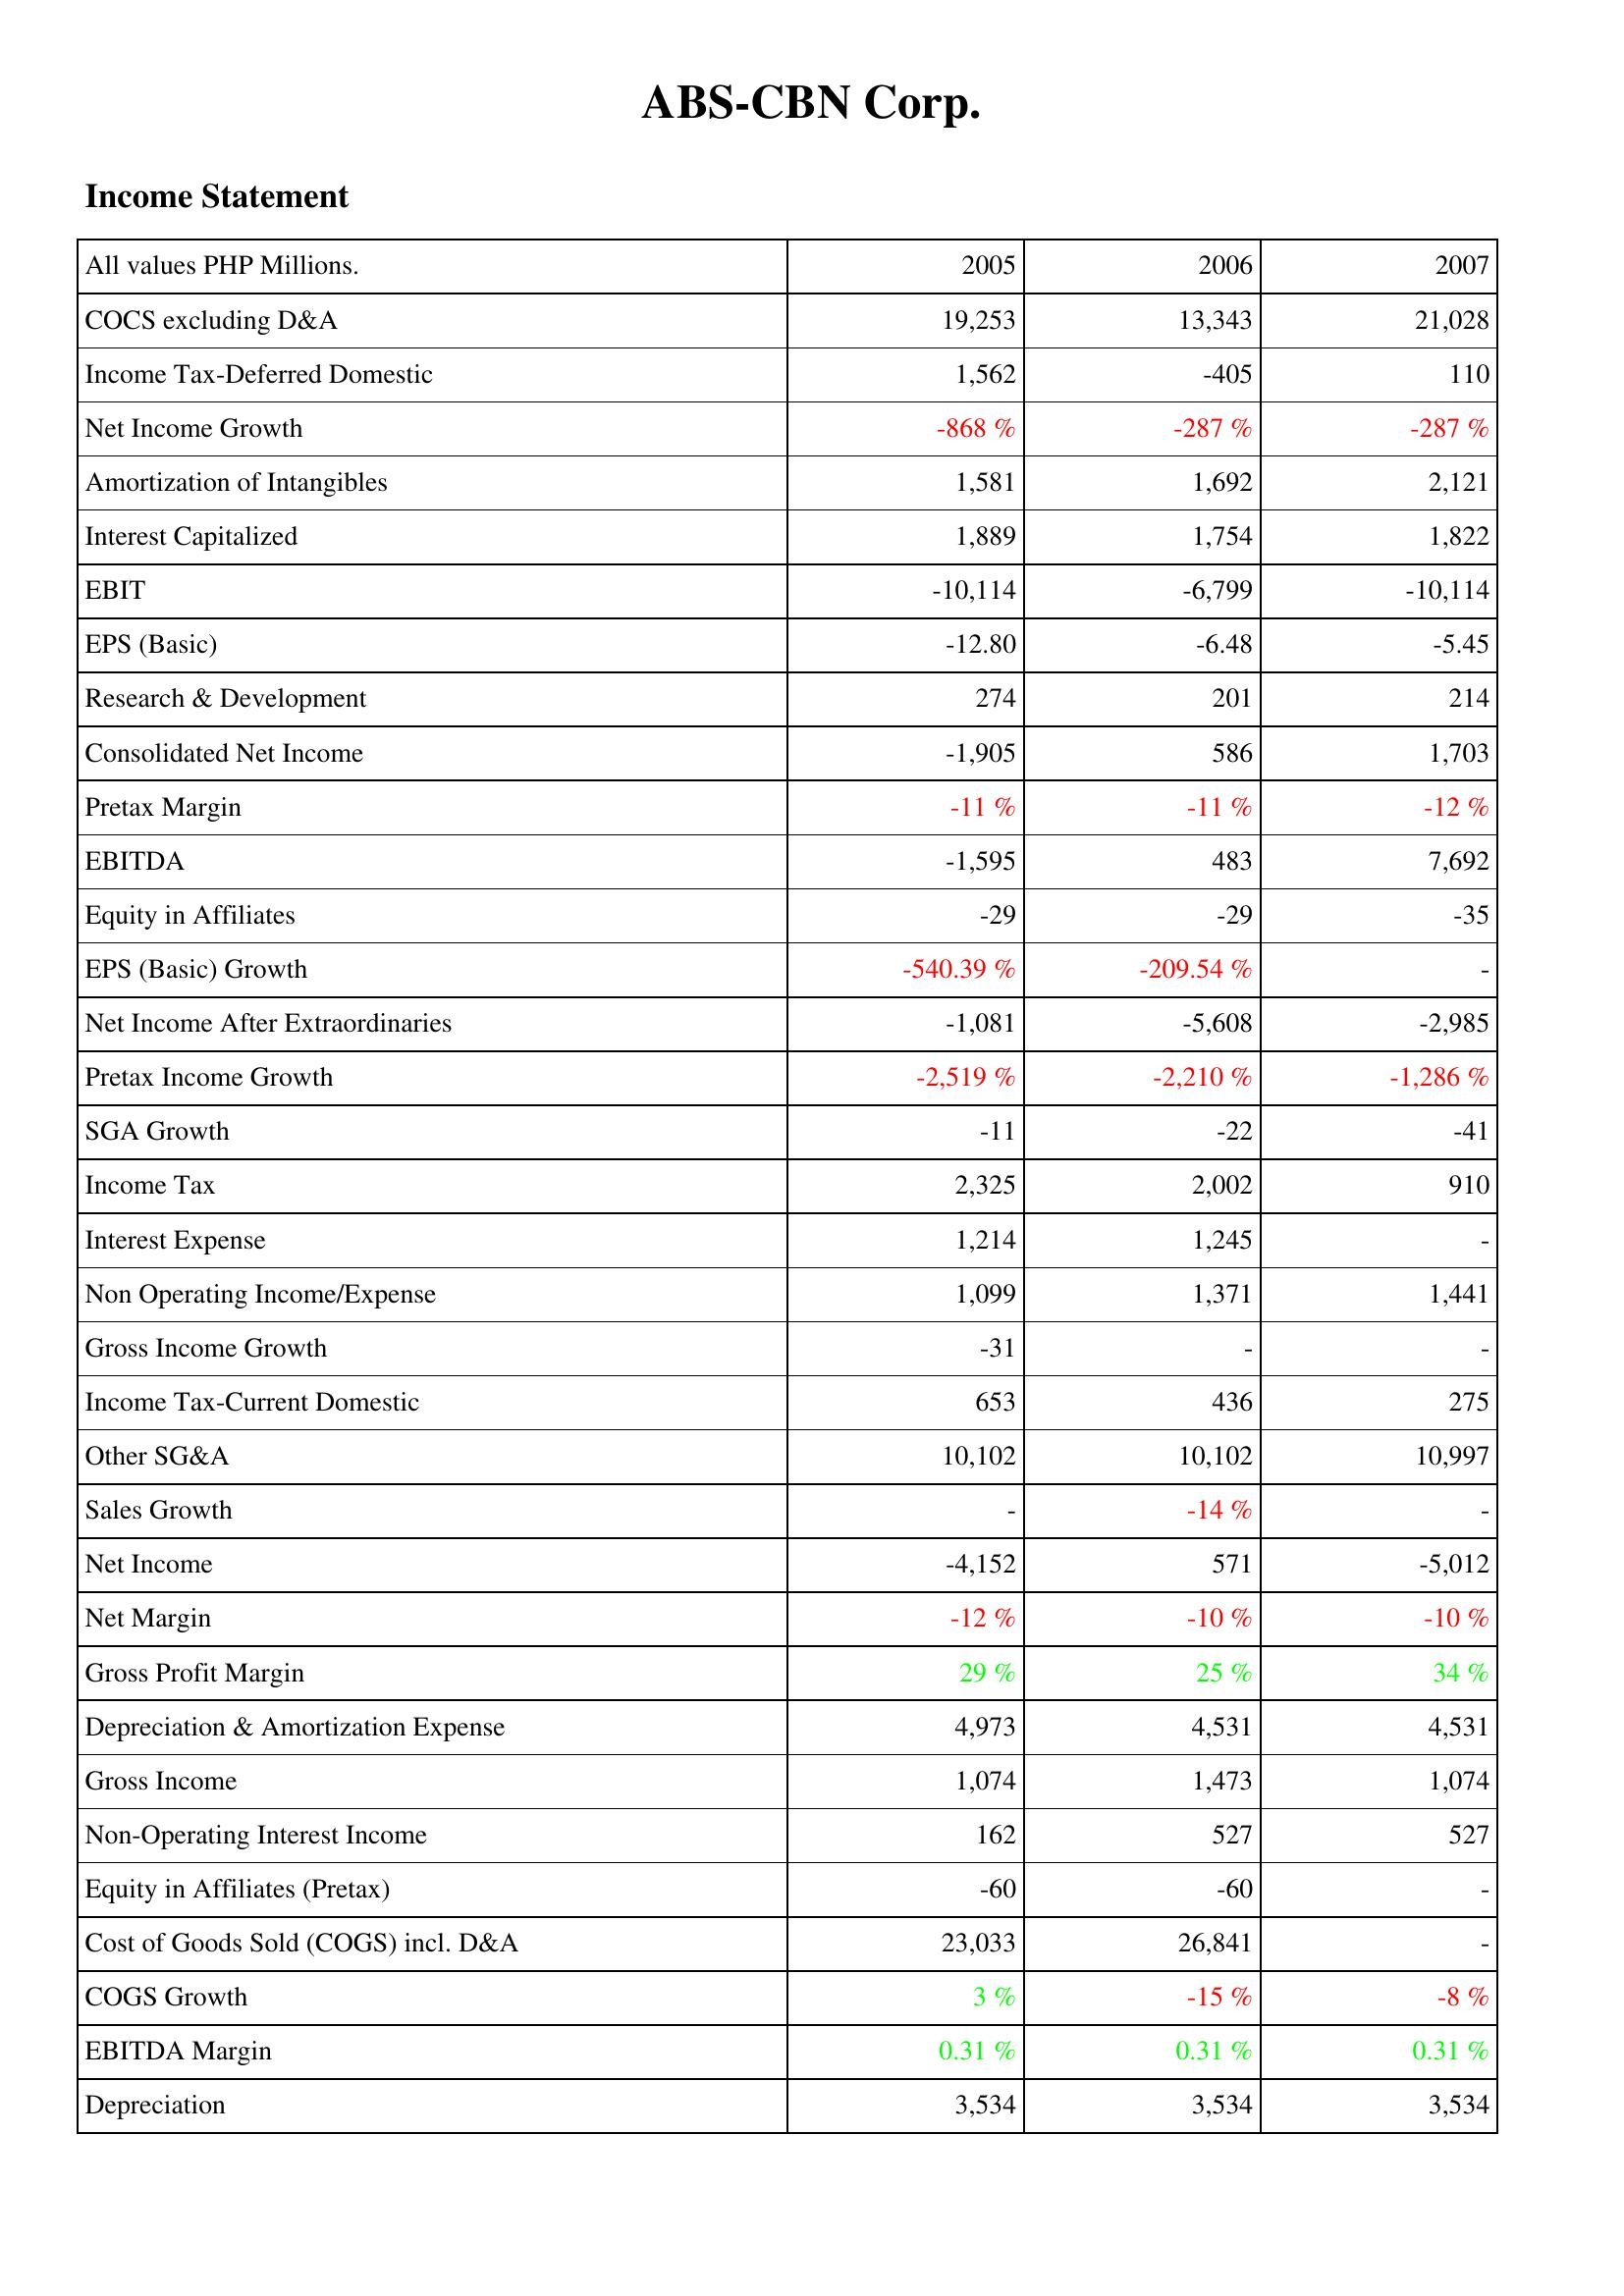
2005: Income Statement: COCS excluding D&A: 19,253
Income Tax-Deferred Domestic: 1,562
Net Income Growth: -868 %
Amortization of Intangibles: 1,581
Interest Capitalized: 1,889
EBIT: -10,114
EPS (Basic): -12.80
Research & Development: 274
Consolidated Net Income: -1,905
Pretax Margin: -11 %
EBITDA: -1,595
Equity in Affiliates: -29
EPS (Basic) Growth: -540.39 %
Net Income After Extraordinaries: -1,081
Pretax Income Growth: -2,519 %
SGA Growth: -11
Income Tax: 2,325
Interest Expense: 1,214
Non Operating Income/Expense: 1,099
Gross Income Growth: -31
Income Tax-Current Domestic: 653
Other SG&A: 10,102
Sales Growth: -
Net Income: -4,152
Net Margin: -12 %
Gross Profit Margin: 29 %
Depreciation & Amortization Expense: 4,973
Gross Income: 1,074
Non-Operating Interest Income: 162
Equity in Affiliates (Pretax): -60
Cost of Goods Sold (COGS) incl. D&A: 23,033
COGS Growth: 3 %
EBITDA Margin: 0.31 %
Depreciation: 3,534
2006: Income Statement: COCS excluding D&A: 13,343
Income Tax-Deferred Domestic: -405
Net Income Growth: -287 %
Amortization of Intangibles: 1,692
Interest Capitalized: 1,754
EBIT: -6,799
EPS (Basic): -6.48
Research & Development: 201
Consolidated Net Income: 586
Pretax Margin: -11 %
EBITDA: 483
Equity in Affiliates: -29
EPS (Basic) Growth: -209.54 %
Net Income After Extraordinaries: -5,608
Pretax Income Growth: -2,210 %
SGA Growth: -22
Income Tax: 2,002
Interest Expense: 1,245
Non Operating Income/Expense: 1,371
Gross Income Growth: -
Income Tax-Current Domestic: 436
Other SG&A: 10,102
Sales Growth: -14 %
Net Income: 571
Net Margin: -10 %
Gross Profit Margin: 25 %
Depreciation & Amortization Expense: 4,531
Gross Income: 1,473
Non-Operating Interest Income: 527
Equity in Affiliates (Pretax): -60
Cost of Goods Sold (COGS) incl. D&A: 26,841
COGS Growth: -15 %
EBITDA Margin: 0.31 %
Depreciation: 3,534
2007: Income Statement: COCS excluding D&A: 21,028
Income Tax-Deferred Domestic: 110
Net Income Growth: -287 %
Amortization of Intangibles: 2,121
Interest Capitalized: 1,822
EBIT: -10,114
EPS (Basic): -5.45
Research & Development: 214
Consolidated Net Income: 1,703
Pretax Margin: -12 %
EBITDA: 7,692
Equity in Affiliates: -35
EPS (Basic) Growth: -
Net Income After Extraordinaries: -2,985
Pretax Income Growth: -1,286 %
SGA Growth: -41
Income Tax: 910
Interest Expense: -
Non Operating Income/Expense: 1,441
Gross Income Growth: -
Income Tax-Current Domestic: 275
Other SG&A: 10,997
Sales Growth: -
Net Income: -5,012
Net Margin: -10 %
Gross Profit Margin: 34 %
Depreciation & Amortization Expense: 4,531
Gross Income: 1,074
Non-Operating Interest Income: 527
Equity in Affiliates (Pretax): -
Cost of Goods Sold (COGS) incl. D&A: -
COGS Growth: -8 %
EBITDA Margin: 0.31 %
Depreciation: 3,534